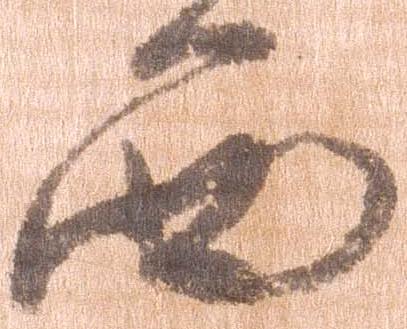
西